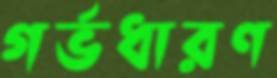
গর্ভধারণ